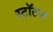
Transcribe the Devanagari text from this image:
स्टॉटन